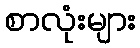
စာလုံးများ